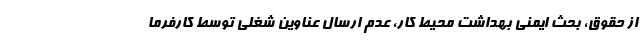
از حقوق، بحث ایمنی بهداشت محیط کار، عدم ارسال عناوین شغلی توسط کارفرما